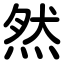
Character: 然